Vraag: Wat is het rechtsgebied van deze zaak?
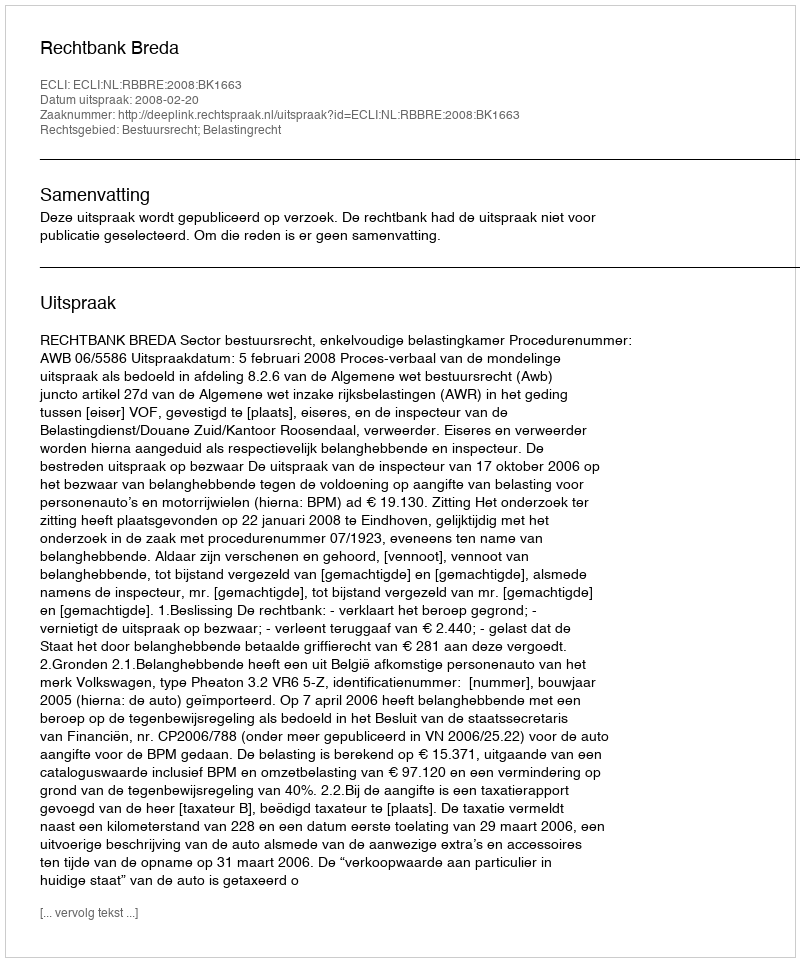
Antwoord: Bestuursrecht; Belastingrecht